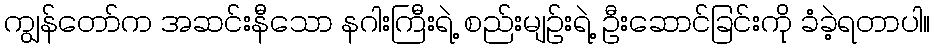
ကျွန်တော်က အဆင်းနီသော နဂါးကြီးရဲ့ စည်းမျဉ်းရဲ့ ဦးဆောင်ခြင်းကို ခံခဲ့ရတာပါ။